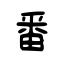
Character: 番